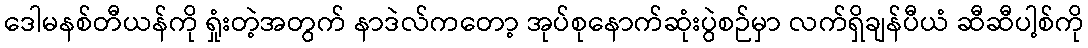
ဒေါမနစ်တီယန်ကို ရှုံးတဲ့အတွက် နာဒဲလ်ကတော့ အုပ်စုနောက်ဆုံးပွဲစဉ်မှာ လက်ရှိချန်ပီယံ ဆီဆီပါ့စ်ကို